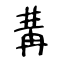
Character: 冓